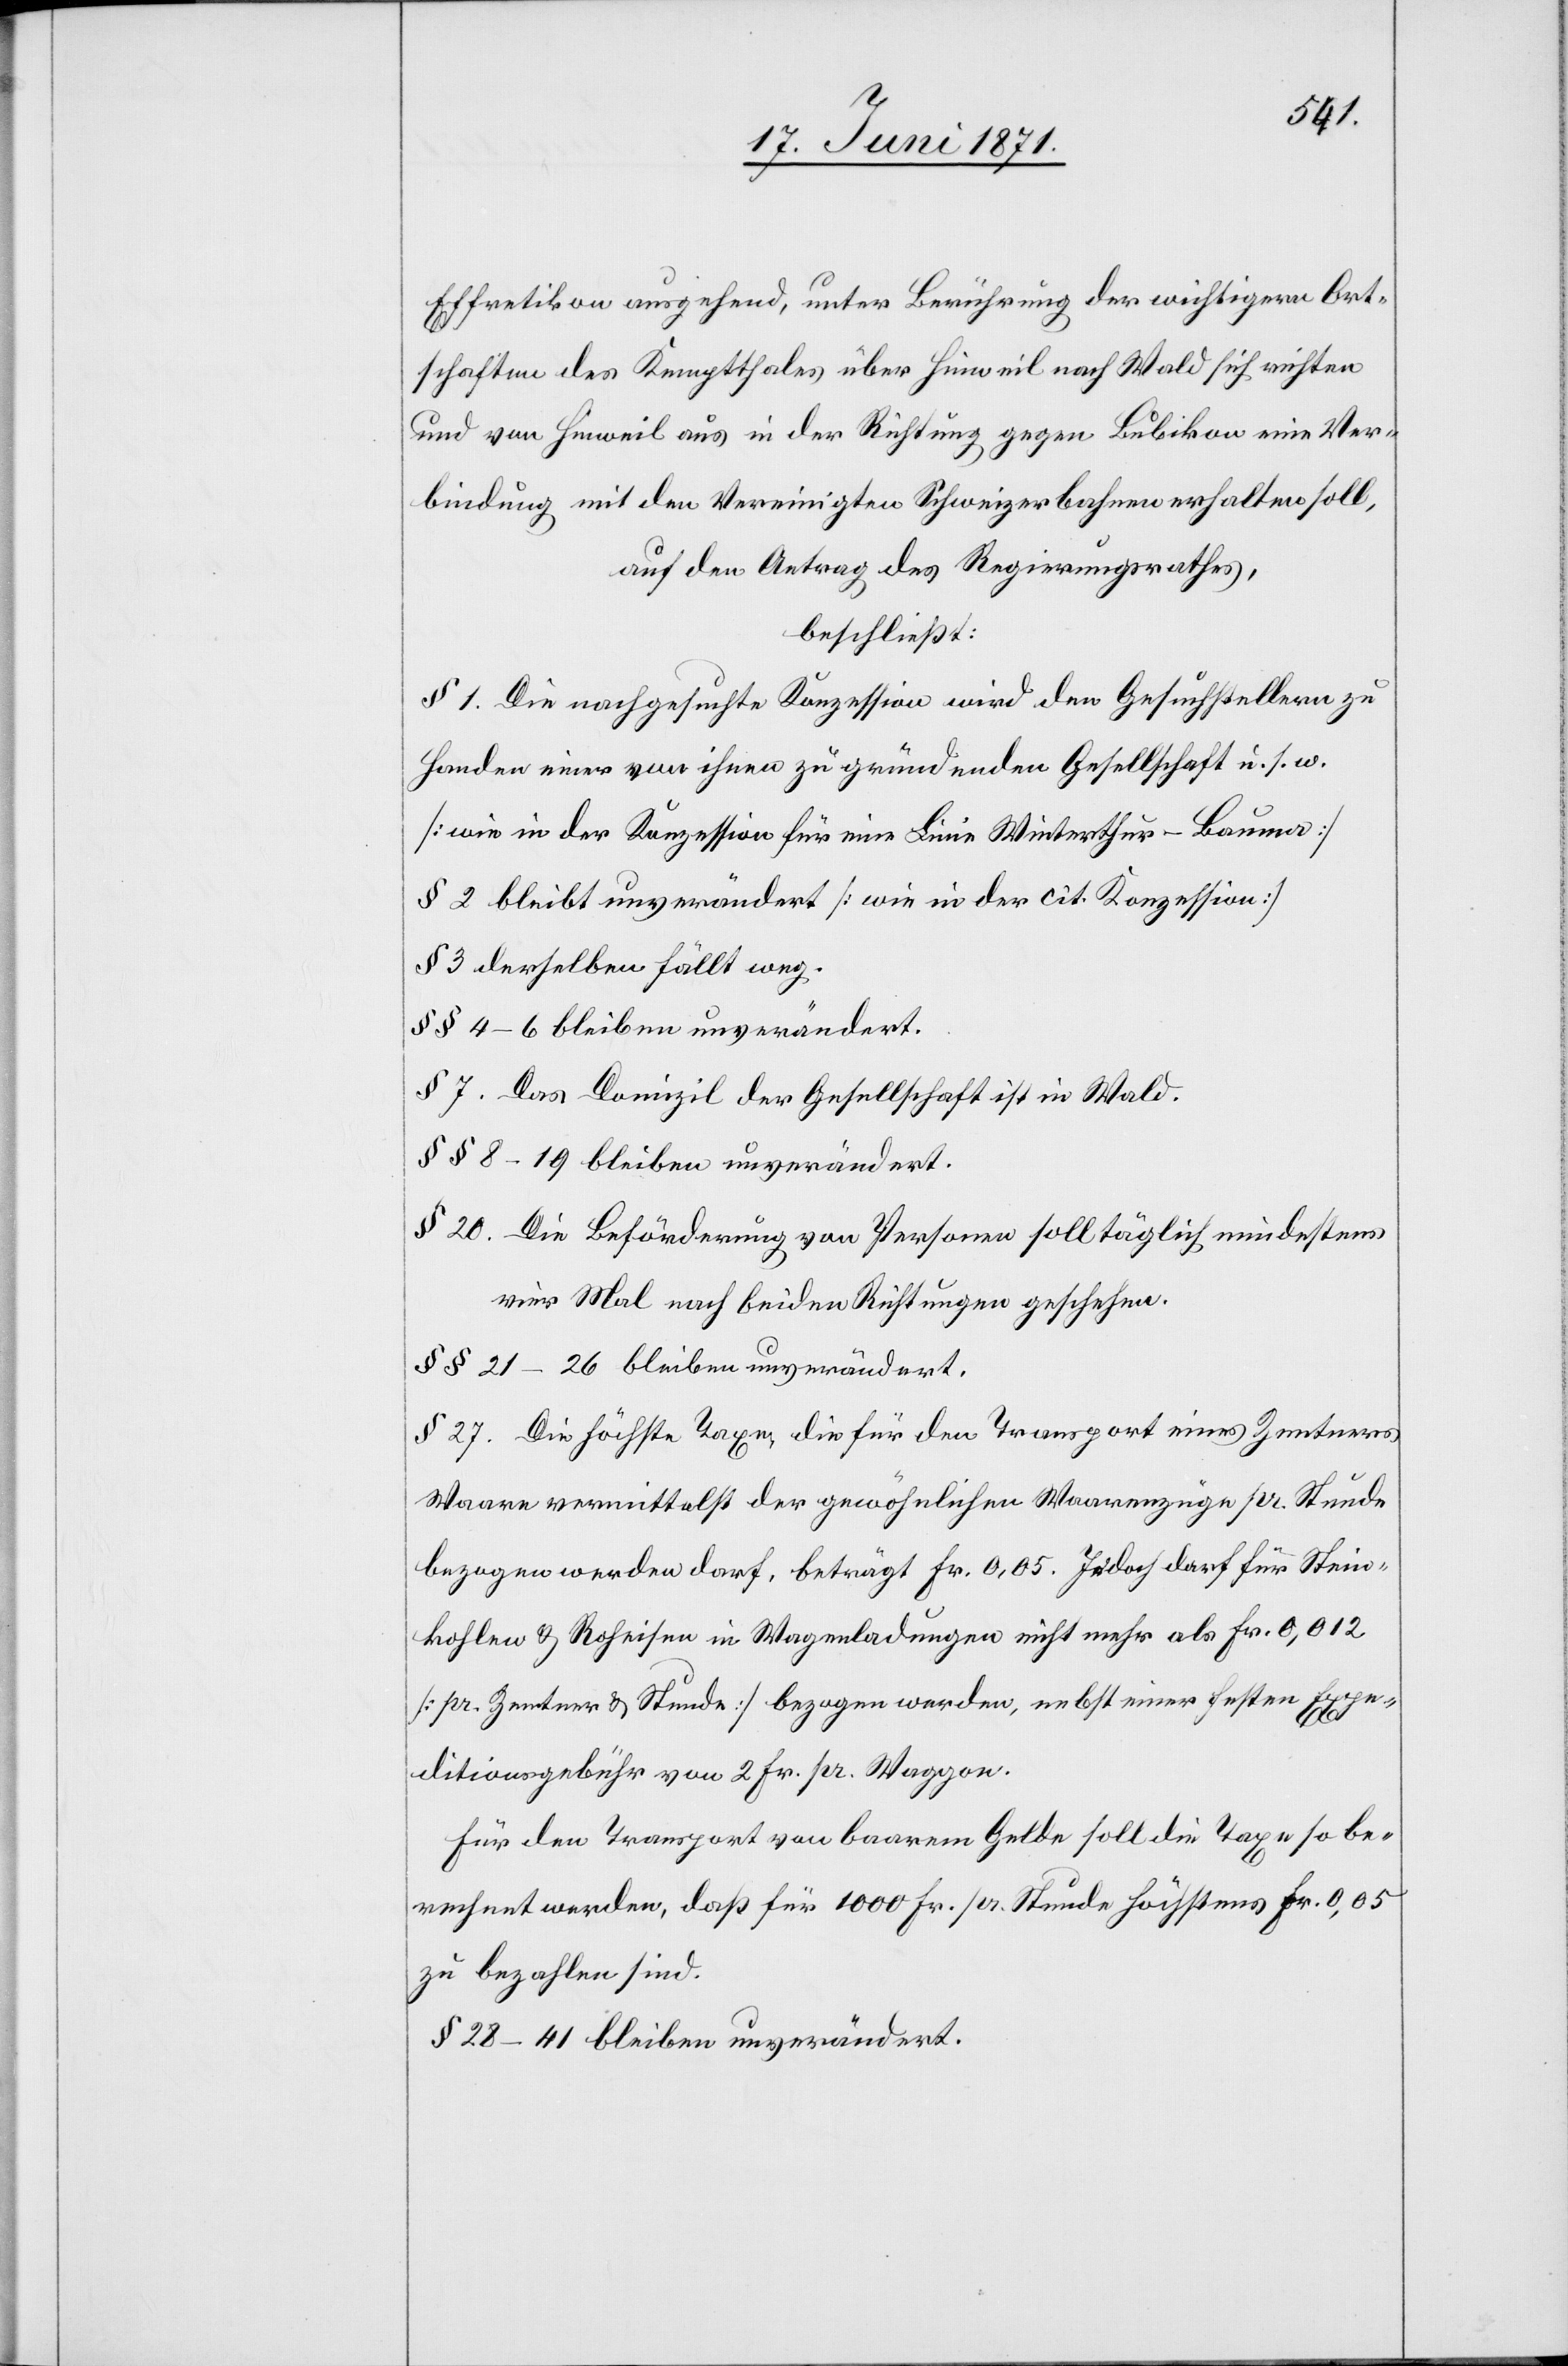
Effretikon ausgehend, unter Berührung der wichtigern Ort¬
schaften des Kemptthales über Hinweil nach Wald sich richten
und von Hinweil aus in der Richtung gegen Bubikon eine Ver¬
bindung mit den Vereinigten Schweizerbahnen erhalten soll,
auf den Antrag des Regierungsrathes,
beschließt:
§ 1 Die nachgesuchte Konzession wird den Gesuchstellern zu
Handen einer von ihnen zu gründenden Gesellschaft u. s. w.
[wie in der Konzession für eine Linie Winterthur-Bauma]
§ 2 bleibt unverändert [wie in der cit. Konzession]
§ 3 derselben fällt weg.
§§ 4–6 bleiben unverändert.
§ 7. Das Domizil der Gesellschaft ist Wald.
§§ 8–19 bleiben unverändert.
§ 20. Die Beförderung von Personen soll täglich mindestens
vier Mal nach beiden Richtungen geschehen.
§§ 21–26 bleiben unverändert.
§ 27. Die höchste Taxe, die für den Transport eines Zentners
Waare vermittelst der gewöhnlichen Waarenzüge pr. Stunde
bezogen werden darf, beträgt Fr. 0,05. Jedoch darf für Stein¬
kohlen u. Roheisen in Wagenladungen nicht mehr als Fr. 0,012
[pr. Zentner u. Stunde] bezogen werden, nebst einer festen Expe¬
ditionsgebühr von 2 Fr. pr. Waggon.
Für den Transport von baarem Gelde soll die Taxe so be¬
rechnet werden, daß für 1000 Fr. pr. Stunde höchstens Fr. 0,05
zu bezahlen sind.
§ 28–41 bleiben unverändert.